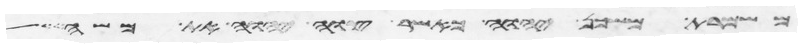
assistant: משמרת משכן יהוה כאשר צוה יהוה את משה